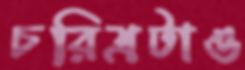
চরিত্রটাও